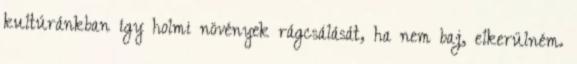
kultúránkban így holmi növények rágcsálását, ha nem baj, elkerülném.